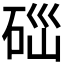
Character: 𥒤